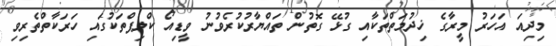
މިދިއަ އަހަރު މީރާގެ ޚިދުމަތްތަކާއި ގުޅޭ ގޮތުން ތައްޔާރުކުރެވުނު ވީޑިއޯ ކްލިޕްތަކުގައި ހަރަކާތްތެރިވި